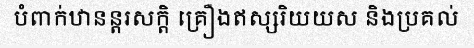
បំពាក់ឋានន្តរសក្តិ គ្រឿងឥស្សរិយយស និងប្រគល់